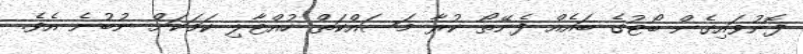
ފޮނުވައިގެން ބޯޓުގެ ބައެއް ފެނޭތޯ ކުރާ މަސައްކަތް ހުއްޓާލި ކަމަކަށް ނުބުނެ އެވެ.